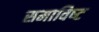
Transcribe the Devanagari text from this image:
समाविष्‍ट